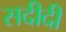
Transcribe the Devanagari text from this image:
सदीदी